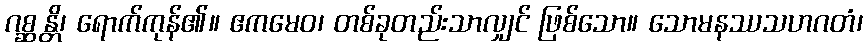
ဂစ္ဆန္တိ၊ ရောက်ကုန်၏။ ဧကမေဝ၊ တစ်ခုတည်းသာလျှင် ဖြစ်သော။ သောမနဿသဟဂတံ၊